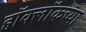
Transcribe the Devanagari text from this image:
हॉक्लॉकच्या